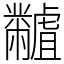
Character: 𪓐